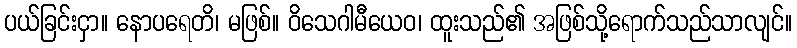
ပယ်ခြင်းငှာ။ နောပရေတိ၊ မဖြစ်။ ဝိသေဂါမီယေဝ၊ ထူးသည်၏ အဖြစ်သို့ရောက်သည်သာလျင်။